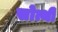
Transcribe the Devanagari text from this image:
सोत्थी